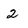
Character: 2